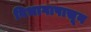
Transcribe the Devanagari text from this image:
विभागापासून